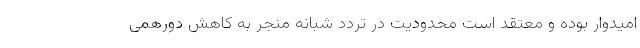
امیدوار بوده و معتقد است محدودیت در تردد شبانه منجر به کاهش دورهمی